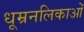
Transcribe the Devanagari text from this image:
धूम्रनलिकाओं